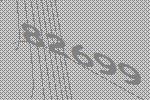
82699